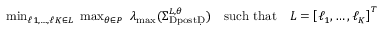
\begin{array} { r } { \operatorname* { m i n } _ { \ell _ { Ḋ } 1 Ḍ , \dots , \ell _ { Ḋ } K Ḍ \in \mathcal Ḋ L Ḍ } ~ \operatorname* { m a x } _ { \theta \in \mathcal Ḋ P Ḍ } ~ \lambda _ { \operatorname* { m a x } } ( \Sigma _ { \mathrm { Ḋ p o s t Ḍ } } ^ { L , \theta } ) \quad \mathrm { s u c h ~ t h a t } \quad L = \left[ \ell _ { 1 } , \dots , \ell _ { K } \right] ^ { T } } \end{array}